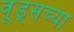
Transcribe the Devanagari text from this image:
वूड्सच्या